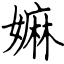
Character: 嫲